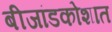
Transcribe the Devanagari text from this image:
बीजांडकोशात